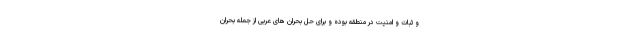
و ثبات و امنیت در منطقه بوده و برای حل بحران های عربی از جمله بحران